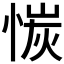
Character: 𫺣